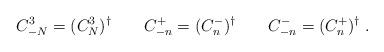
LaTeX: \begin{align*}C^3_{-N} = (C^3_N)^\dagger \qquad C^+_{-n} = (C^-_n)^\dagger\qquad C^-_{-n} = (C^+_n)^\dagger\; .\end{align*}